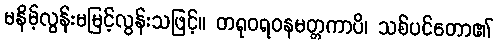
မနိမ့်လွန်းမမြင့်လွန်းသဖြင့်။ တရုဝရဝနမတ္တကာပိ၊ သစ်ပင်တော၏